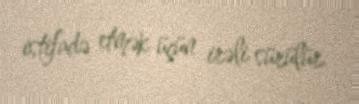
istifadə etmək üçün irəli sürülür.